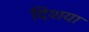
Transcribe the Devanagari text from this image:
दिशया